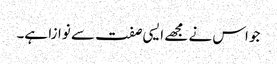
جو اس نے مجھے ایسی صفت سے نوازا ہے۔